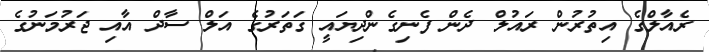
ރެއާލްގެ އިތުރުން ރައުލް ދެން ފެނިގެންދިޔައީ ގަތަރުގެ އަލް ސާދް އާއި ޖަރުމަނުގެ